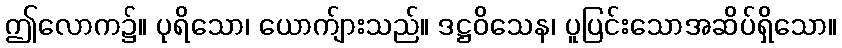
ဤလောက၌။ ပုရိသော၊ ယောက်ျားသည်။ ဒဋ္ဌဝိသေန၊ ပူပြင်းသောအဆိပ်ရှိသော။